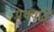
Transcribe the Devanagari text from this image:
प्रथयति